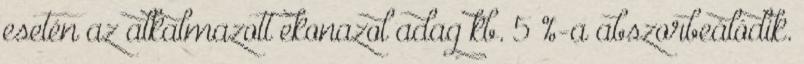
esetén az alkalmazott ekonazol adag kb. 5 %-a abszorbeálódik.